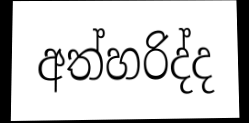
අත්හරිද්ද